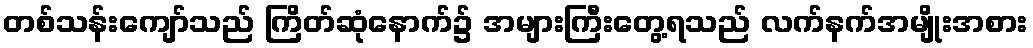
တစ်သန်းကျော်သည် ကြိတ်ဆုံနောက်၌ အများကြီးတွေ့ရသည် လက်နက်အမျိုးအစား